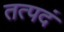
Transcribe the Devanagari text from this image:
तत्पदं